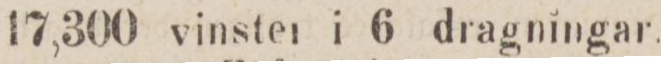
17,300 vinster i 6 dragningar.